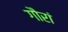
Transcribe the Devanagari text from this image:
गौरां